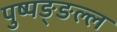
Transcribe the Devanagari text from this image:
पुष्पङ्ङल्ल